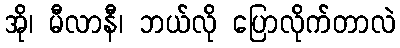
အို၊ မီလာနီ၊ ဘယ်လို ပြောလိုက်တာလဲ